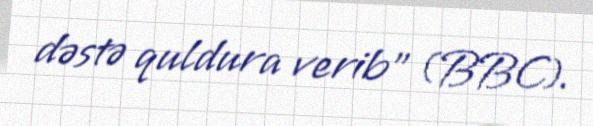
dəstə quldura verib" (BBC).